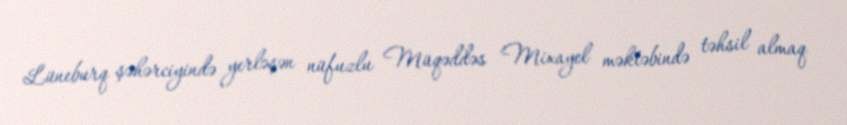
Lüneburq şəhərciyində yerləşən nüfuzlu Müqəddəs Mixayel məktəbində təhsil almaq